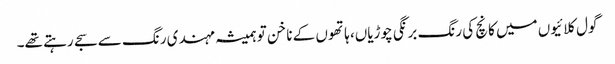
گول کلائیوں میں کانچ کی رنگ برنگی چوڑیاں، ہاتھوں کے ناخن تو ہمیشہ مہندی رنگ سے سجے رہتے تھے۔